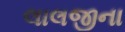
લાલજીના